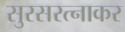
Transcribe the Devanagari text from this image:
सुरसरत्नाकर